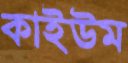
কাইউম